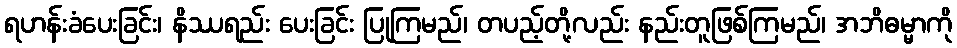
ရဟန်းခံပေးခြင်း၊ နိဿရည်း ပေးခြင်း ပြုကြမည်၊ တပည့်တို့လည်း နည်းတူဖြစ်ကြမည်၊ အဘိဓမ္မာကို